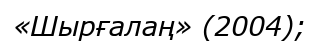
«Шырғалаң» (2004);